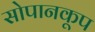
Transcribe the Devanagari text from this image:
सोपानकूप